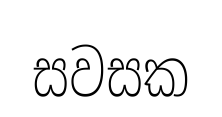
සවසක